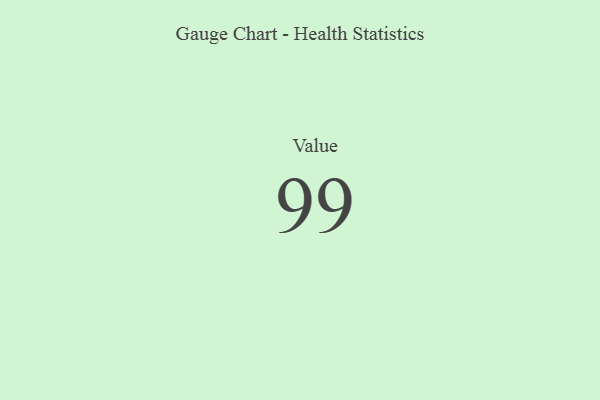
{"axis": {"x": "Metric", "y": "Value"}, "legend": [""], "data": [{"x": "Value", "y": 99, "type": ""}]}